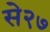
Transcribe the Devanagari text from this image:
से२७